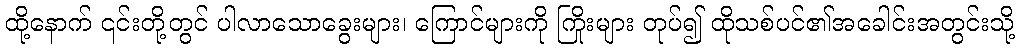
ထို့နောက် ၎င်းတို့တွင် ပါလာသောခွေးများ၊ ကြောင်များကို ကြိုးများ တုပ်၍ ထိုသစ်ပင်၏အခေါင်းအတွင်းသို့